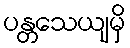
ပန္တသေယျမှိ